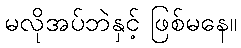
မလိုအပ်ဘဲနှင့် ဖြစ်မနေ။